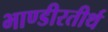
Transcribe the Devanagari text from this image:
भाण्डीरतीर्थ